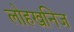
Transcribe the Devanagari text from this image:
लोहखनिज